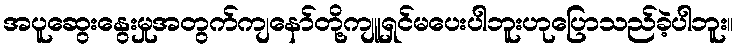
အပူဆွေးနွေးမှုအတွက်ကျနော်တို့ကျူရှင်မပေးပါဘူးဟုပြောသည်ခဲ့ပါဘူး။